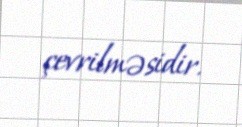
çevrilməsidir.